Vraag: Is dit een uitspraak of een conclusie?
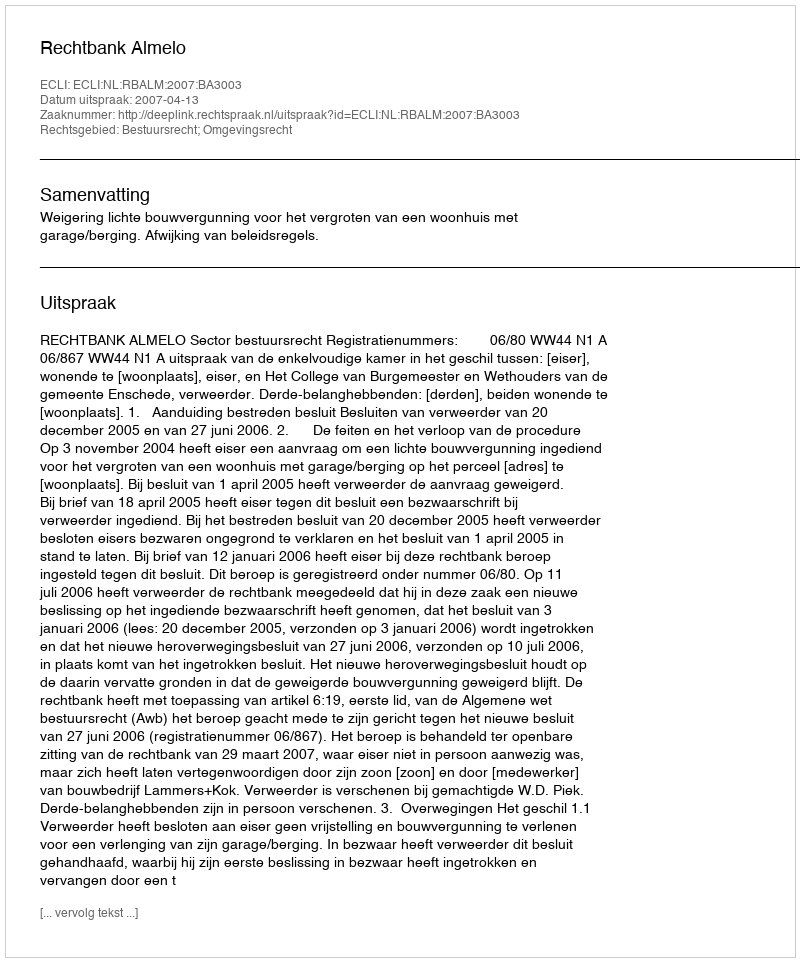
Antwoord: Uitspraak